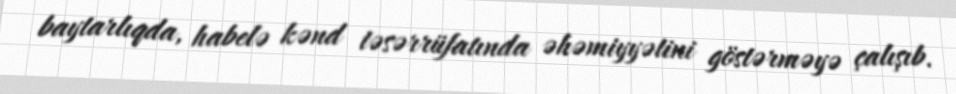
baytarlıqda, habelə kənd təsərrüfatında əhəmiyyətini göstərməyə çalışıb.